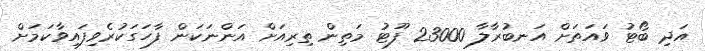
އަދި ބޯޓު ވައަތަށް އަނބުރާލާ 23000 ފޫޓު މަތިން ތިރިއަށް އަންނަކަން ފާހަގަކުރެވިފައިވާކަމަށް